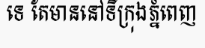
ទេ តែមាននៅទីក្រុងភ្នំពេញ